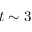
t \sim 3